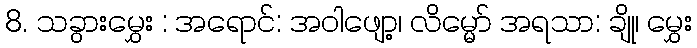
8. သခွားမွှေး : အရောင်: အဝါဖျော့၊ လိမ္မော် အရသာ: ချို၊ မွှေး